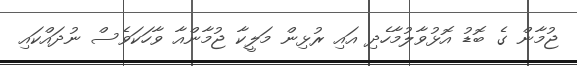
ޖުމާން ގެ ބޮޑު އޮޅުވާލުމާހެދި އައި ރުޅިން މަލީކާ ޖުމާންއާ ވާހަކަވެސް ނުދައްކައި